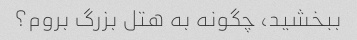
ببخشید، چگونه به هتل بزرگ بروم؟